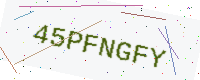
Text: 45PFNGFY